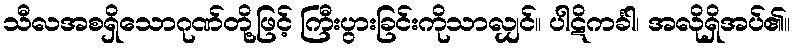
သီလအစရှိသောဂုဏ်တို့ဖြင့် ကြီးပွားခြင်းကိုသာလျှင်။ ပါဋိကင်္ခါ၊ အလိုရှိအပ်၏။